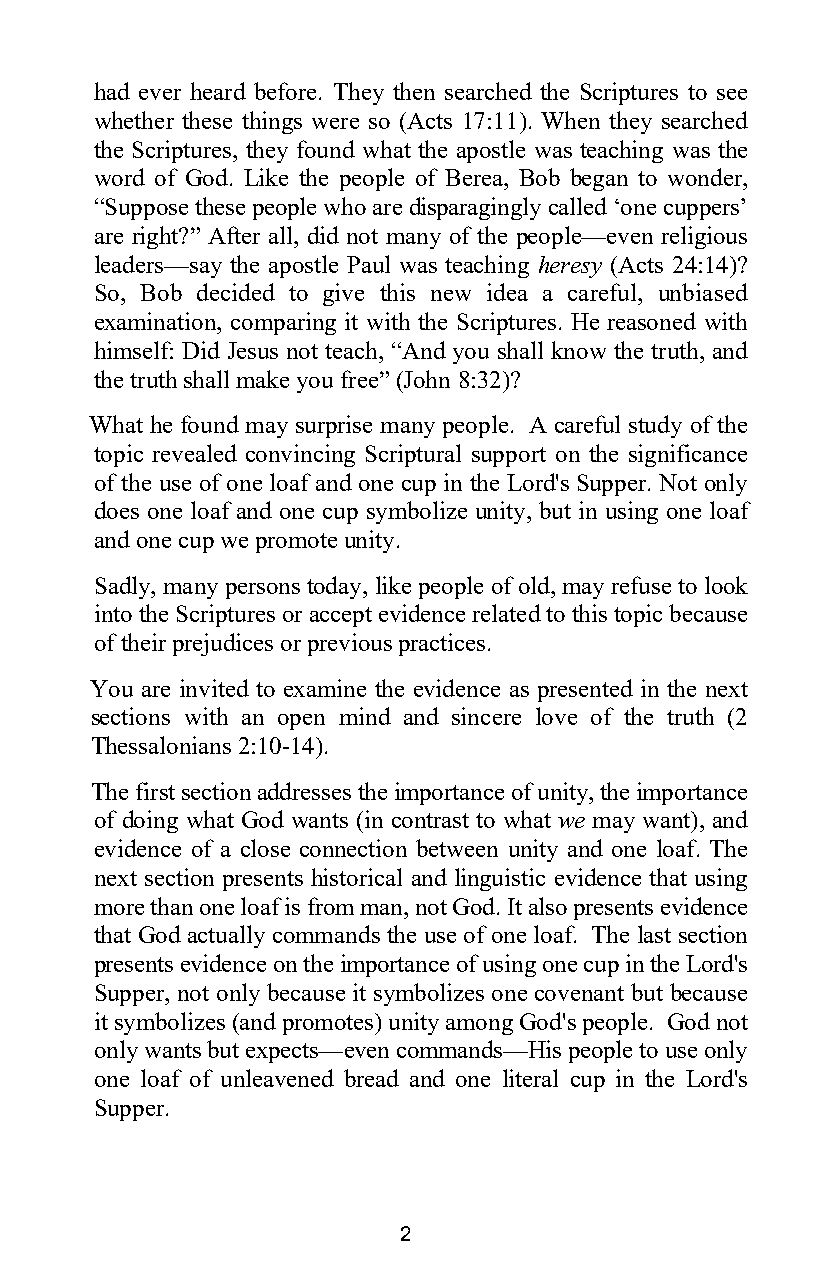
had ever heard before. They then searched the Scriptures to see
 whether these things were so (Acts 17:11). When they searched
 the Scriptures, they found what the apostle was teaching was the
 word of God. Like the people of Berea, Bob began to wonder,
 “Suppose these people who are disparagingly called ‘one cuppers’
 are right?” After all, did not many of the people—even religious
 leaders—say the apostle Paul was teaching heresy (Acts 24:14)?
 So, Bob decided to give this new idea a careful, unbiased
 examination, comparing it with the Scriptures. He reasoned with
 himself: Did Jesus not teach, “And you shall know the truth, and
 the truth shall make you free” (John 8:32)?
 What he found may surprise many people. A careful study of the
 topic revealed convincing Scriptural support on the significance
 of the use of one loaf and one cup in the Lord's Supper. Not only
 does one loaf and one cup symbolize unity, but in using one loaf
 and one cup we promote unity.
 Sadly, many persons today, like people of old, may refuse to look
 into the Scriptures or accept evidence related to this topic because
 of their prejudices or previous practices.
 You are invited to examine the evidence as presented in the next
 sections with an open mind and sincere love of the truth (2
 Thessalonians 2:10-14).
 The first section addresses the importance of unity, the importance
 of doing what God wants (in contrast to what we may want), and
 evidence of a close connection between unity and one loaf. The
 next section presents historical and linguistic evidence that using
 more than one loaf is from man, not God. It also presents evidence
 that God actually commands the use of one loaf. The last section
 presents evidence on the importance of using one cup in the Lord's
 Supper, not only because it symbolizes one covenant but because
 it symbolizes (and promotes) unity among God's people. God not
 only wants but expects—even commands—His people to use only
 one loaf of unleavened bread and one literal cup in the Lord's
 Supper.
 2